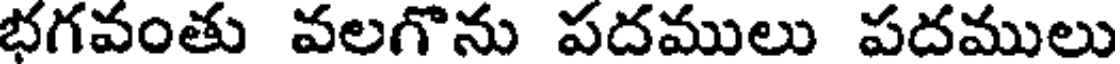
భగవంతు వలగొను పదములు పదములు